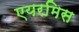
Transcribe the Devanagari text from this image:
एयरमिस